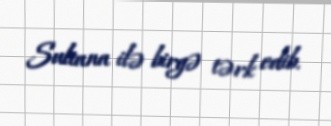
Sultana ilə birgə tərk edib.